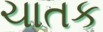
ચાતક